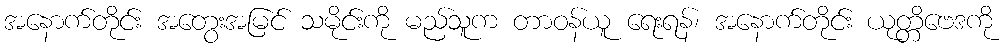
အနောက်တိုင်း အတွေးအမြင် သမိုင်းကို မည်သူက တာဝန်ယူ ရေးရန်၊ အနောက်တိုင်း ယုတ္တိဗေဒကို